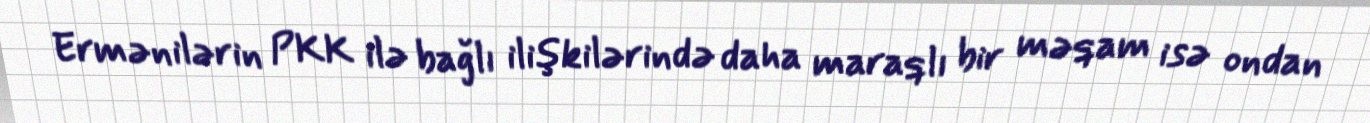
Ermənilərin PKK ilə bağlı ilişkilərində daha maraqlı bir məqam isə ondan